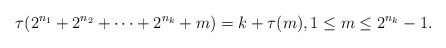
\begin{align*}\tau(2^{n_{1}}+2^{n_{2}}+\cdots+2^{n_{k}}+m)=k+\tau(m),1\leq m\leq 2^{n_{k}}-1.\end{align*}